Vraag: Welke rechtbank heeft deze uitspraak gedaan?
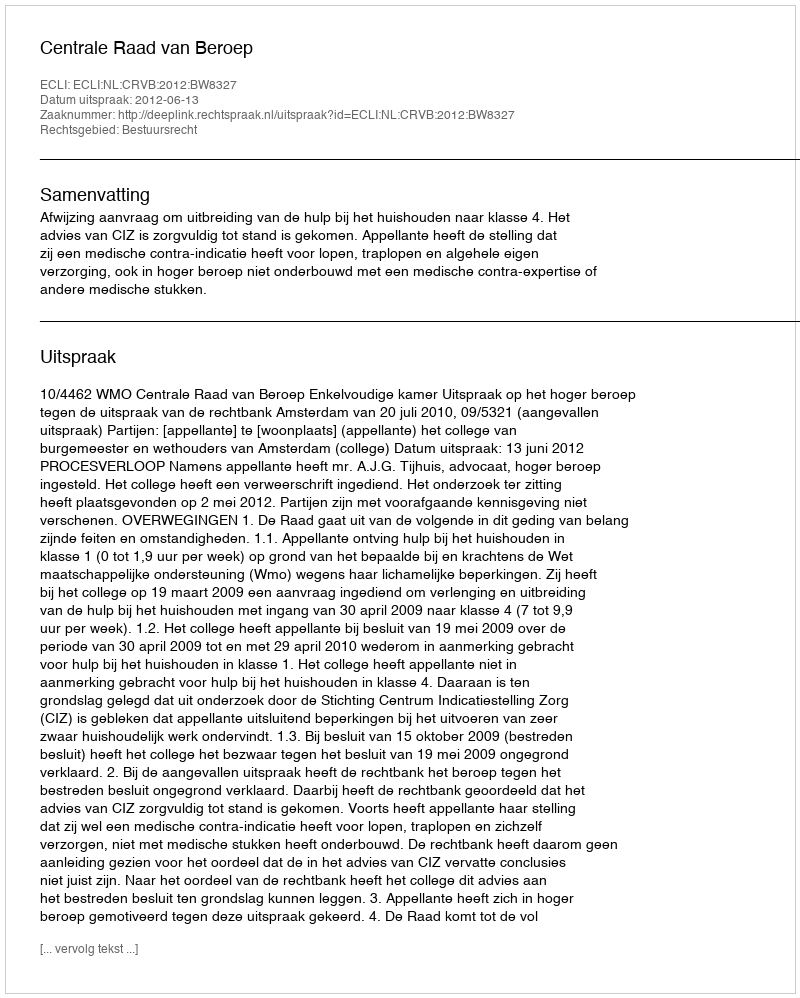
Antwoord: Centrale Raad van Beroep